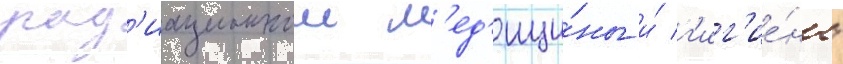
рад'иационнои м'ед'ици́ны и́ г'иг'ие́ны